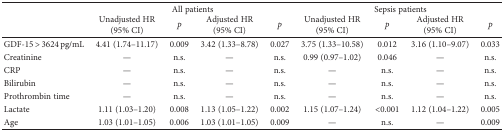
| <ROWSPAN=2>  | <COLSPAN=4> All patients | <COLSPAN=4> Sepsis patients |
 | Unadjusted HR (95% CI) | p | Adjusted HR (95% CI) | p | Unadjusted HR (95% CI) | p | Adjusted HR (95% CI) | p |
 | --- | --- | --- | --- | --- | --- | --- | --- | --- |
 | GDF-15 > 3624 pg/mL | 4.41 (1.74–11.17) | 0.009 | 3.42 (1.33–8.78) | 0.027 | 3.75 (1.33–10.58) | 0.012 | 3.16 (1.10–9.07) | 0.033 |
 | Creatinine | — | n.s. | — | n.s. | 0.99 (0.97–1.02) | 0.046 | — | n.s. |
 | CRP | — | n.s. | — | n.s. | — | n.s. | — | n.s. |
 | Bilirubin | — | n.s. | — | n.s. | — | n.s. | — | n.s. |
 | Prothrombin time | — | n.s. | — | n.s. | — | n.s. | — | n.s. |
 | Lactate | 1.11 (1.03–1.20) | 0.008 | 1.13 (1.05–1.22) | 0.002 | 1.15 (1.07–1.24) | <0.001 | 1.12 (1.04–1.22) | 0.005 |
 | Age | 1.03 (1.01–1.05) | 0.006 | 1.03 (1.01–1.05) | 0.009 | — | n.s. | — | 0.009 |